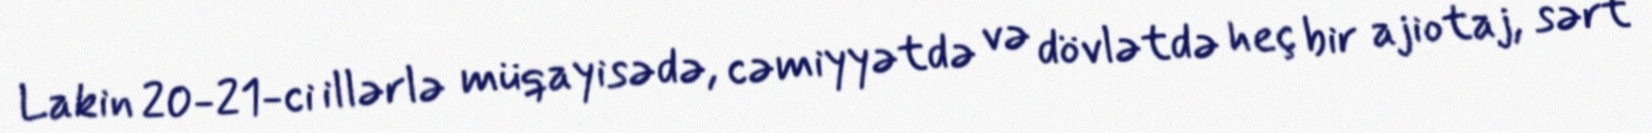
Lakin 20-21-ci illərlə müqayisədə, cəmiyyətdə və dövlətdə heç bir ajiotaj, sərt